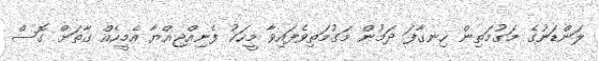
ލަންޑަނުގެ މަގުމަތިން ހިނގާފަ ދަމުން މަގުމަތިވެފައިވާ މީހަކު ފެނިއްޖިއްޔާ އެމީހެއް ގާތަށް ގޮސް